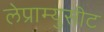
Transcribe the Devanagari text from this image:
लेप्राम्युसीट